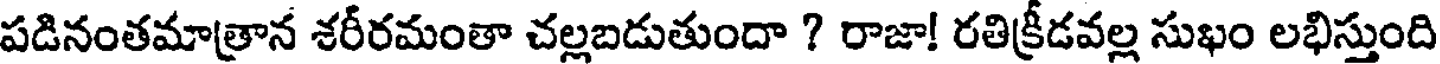
పడినంతమాత్రాన శరీరమంతా చల్లబడుతుందా ? రాజా! రతిక్రీడవల్ల సుఖం లభిస్తుంది